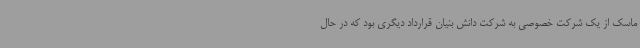
ماسک از یک شرکت خصوصی به شرکت دانش بنیان قرارداد دیگری بود که در حال